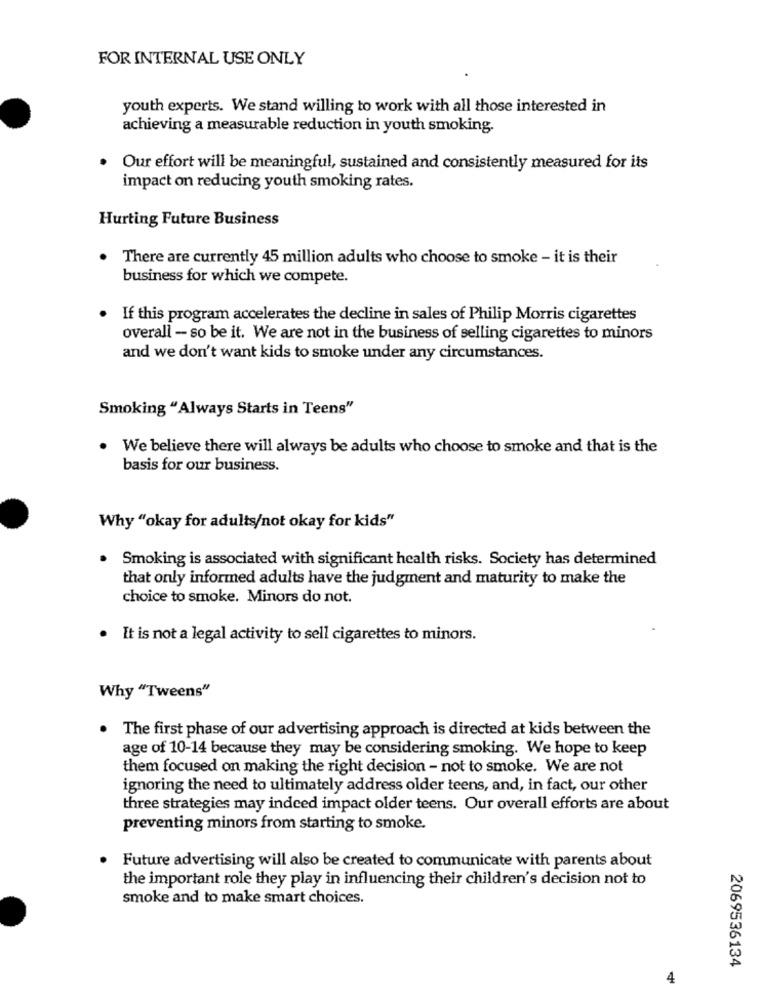
FOR INTERNAL USE ONLY
youth experts. We stand willing to work with all those interested in
achieving a measurable reduction in youth smoking.
· Our effort will be meaningful, sustained and consistently measured for its
impact on reducing youth smoking rates.
Hurting Future Business
.
There are currently 45 million adults who choose to smoke - it is their
business for which we compete.
If this program accelerates the decline in sales of Philip Morris cigarettes
overall - so be it. We are not in the business of selling cigarettes to minors
and we don't want kids to smoke under any circumstances.
Smoking "Always Starts in Teens"
We believe there will always be adults who choose to smoke and that is the
basis for our business.
Why "okay for adults/not okay for kids"
Smoking is associated with significant health risks. Society has determined
that only informed adults have the judgment and maturity to make the
choice to smoke. Minors do not.
· It is not a legal activity to sell cigarettes to minors.
Why "Tweens"
. The first phase of our advertising approach is directed at kids between the
age of 10-14 because they may be considering smoking. We hope to keep
them focused on making the right decision - not to smoke. We are not
ignoring the need to ultimately address older teens, and, in fact, our other
three strategies may indeed impact older teens. Our overall efforts are about
preventing minors from starting to smoke.
Future advertising will also be created to communicate with parents about
the important role they play in influencing their children's decision not to
smoke and to make smart choices.
2069536134
4